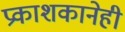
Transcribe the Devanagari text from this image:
प्रकाशकानेही